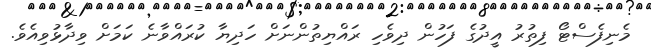
މެނިފެސްޓޯ ފިތުރު އީދުގެ ފަހުން ދިވެހި ރައްޔިތުންނަށް ހަދިޔާ ކުރައްވާނެ ކަމަށް ވިދާޅުވިއެވެ.